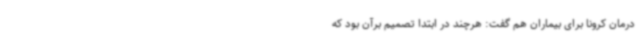
درمان کرونا برای بیماران هم گفت: هرچند در ابتدا تصمیم برآن بود که